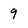
Character: 9